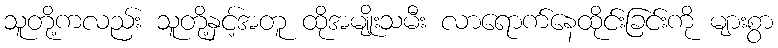
သူတို့ကလည်း သူတို့နှင့်အတူ ထိုအမျိုးသမီး လာရောက်နေထိုင်းခြင်းကို များစွာ